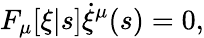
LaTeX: F_{\mu}[\xi|s]\dot{\xi}^{\mu}(s)=0,